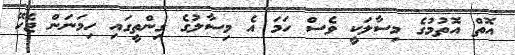
އޮތް އޮތުމުގެ މިސާލަކީ ވެސް ހަމަ އެ މިސާލުގެ ގިންތީގައި ހިމަނަން ޖެހޭ